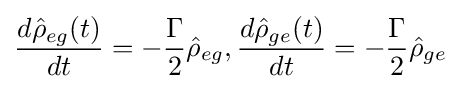
{\frac {d{\hat {\rho }}_{eg}(t)}{dt}}=-{\frac {\Gamma }{2}}{\hat {\rho }}_{eg},{\frac {d{\hat {\rho }}_{ge}(t)}{dt}}=-{\frac {\Gamma }{2}}{\hat {\rho }}_{ge}